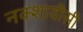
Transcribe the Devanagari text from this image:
नक्शावीसी